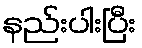
နည်းပါးပြီး